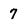
Character: 7